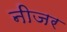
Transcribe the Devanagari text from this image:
नीजर